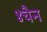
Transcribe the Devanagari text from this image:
४चैन